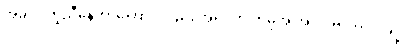
အခုလို တူညီနေတာကြောင့်လည်း အရင်က ကမိုအို အာလဗာဟာ လရဲ့